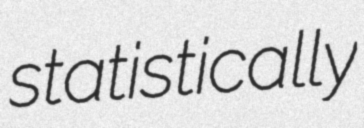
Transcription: statistically